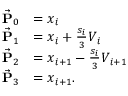
\begin{array} { r l } { \vec { \bf P } _ { 0 } } & { = \ensuremath { \boldsymbol { x } } _ { i } } \\ { \vec { \bf P } _ { 1 } } & { = \ensuremath { \boldsymbol { x } } _ { i } + \frac { s _ { i } } { 3 } \ensuremath { \boldsymbol { V } } _ { i } } \\ { \vec { \bf P } _ { 2 } } & { = \ensuremath { \boldsymbol { x } } _ { i + 1 } - \frac { s _ { i } } { 3 } \ensuremath { \boldsymbol { V } } _ { i + 1 } } \\ { \vec { \bf P } _ { 3 } } & { = \ensuremath { \boldsymbol { x } } _ { i + 1 } . } \end{array}